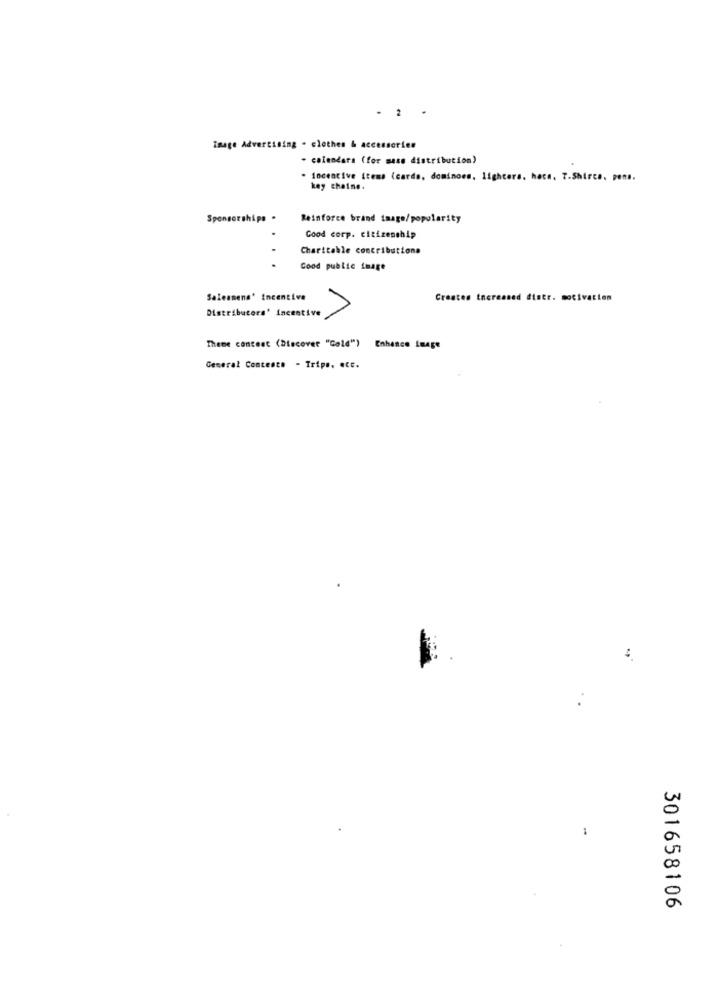
- 2
Image Advertising - clothes & accessories
- calendara (for mass distribution)
. Incentive items (cards, dominoes. lighters, hace. T.Shirce, pens.
key chaine.
Sponsorships .
Reinforce brand image/popularity
Good corp. citizenship
Charitable contributions
Good public image
Salesmens' incentive
Creates increased distr. motivation
Distribucers' incentive
Theme contest (Discover "Cold") Enhance Image
General Contesto - Trips, etc.
1
301658106